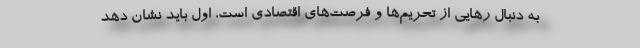
به دنبال رهایی از تحریم‌ها و فرصت‌های اقتصادی است، اول باید نشان دهد